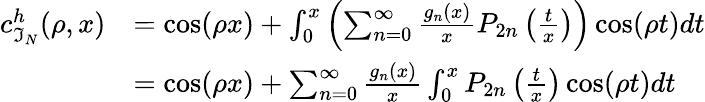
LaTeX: \begin{array}{rl}{c_{\mathfrak{I}_{N}}^{h}(\rho,x)}&{=\cos(\rho x)+\int_{0}^{x}\left(\sum_{n=0}^{\infty}\frac{g_{n}(x)}{x}P_{2n}\left(\frac{t}{x}\right)\right)\cos(\rho t)dt}\\ &{=\cos(\rho x)+\sum_{n=0}^{\infty}\frac{g_{n}(x)}{x}\int_{0}^{x}P_{2n}\left(\frac{t}{x}\right)\cos(\rho t)dt}\end{array}